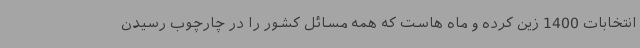
انتخابات 1400 زین کرده و ماه هاست که همه مسائل کشور را در چارچوب رسیدن